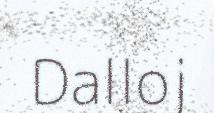
Dalloj